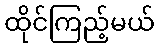
ထိုင်ကြည့်မယ်